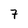
Character: 7